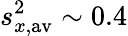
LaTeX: s_{x,\mathrm{av}}^{2}\sim 0.4